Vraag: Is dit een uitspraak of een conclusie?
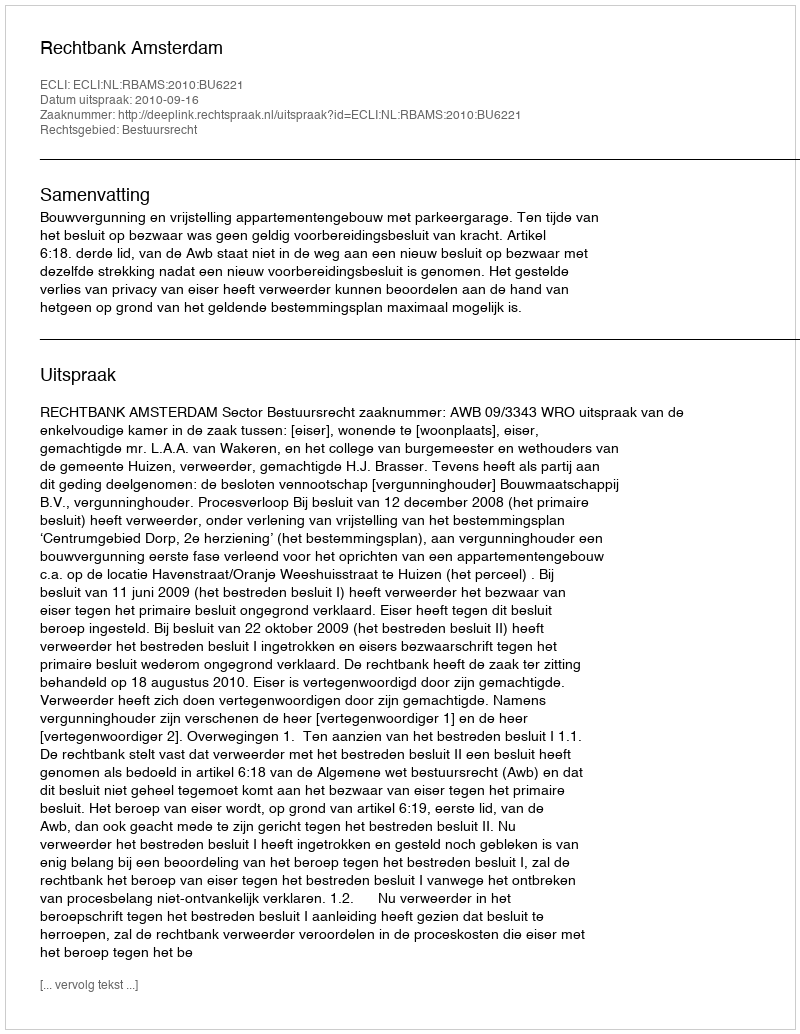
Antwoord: Uitspraak